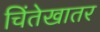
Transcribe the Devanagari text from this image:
चिंतेखातर